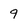
Character: 9